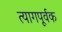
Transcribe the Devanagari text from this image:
त्यागपूर्वक